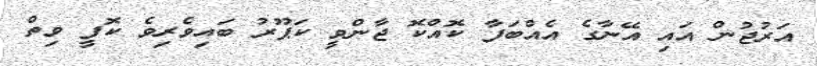
އަރުޖުން އައި އޭނާގެ އެއްބަފާ ކޮއްކޮ ޖާންވީ ކަޕޫރު ބައިވެރިވެ ކޮފީ ވިތް